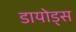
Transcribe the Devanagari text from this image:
डायोड्स